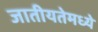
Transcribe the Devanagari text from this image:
जातीयतेमध्ये